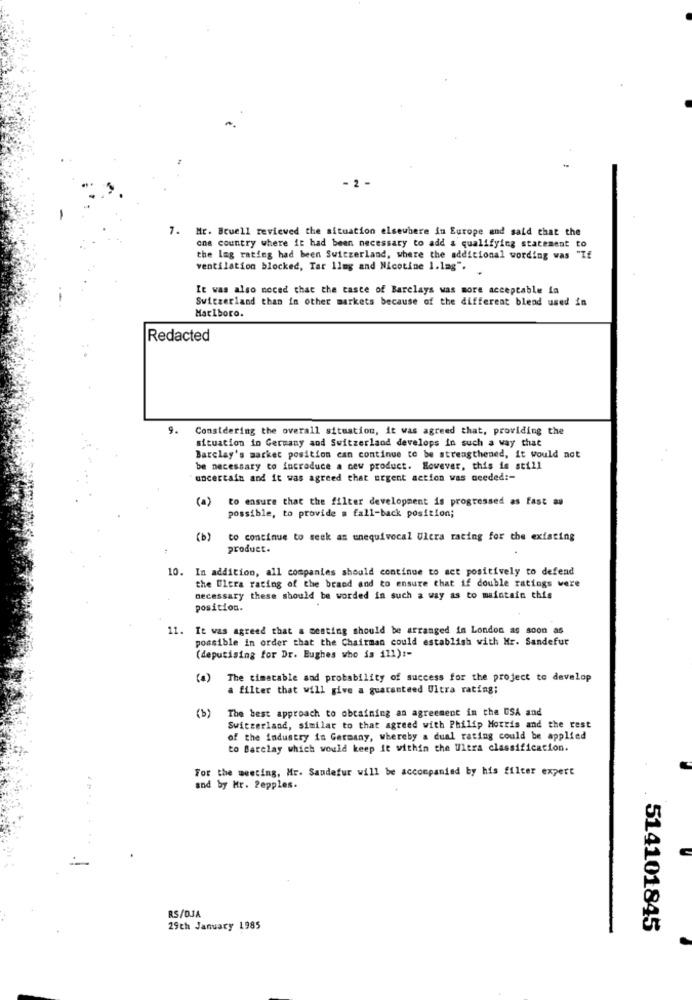
- 2 -
7. Mr. Beuell reviewed the situation elsewhere in Europe and said that the
one country where it had been necessary to add a qualifying statement to
the lag rating had been Switzerland, where the additional wording was "If
ventilation blocked, Tar llmg and Nicotine 1.lag".
It was also noced that the taste of Barclays was more acceptable la
Switzerland than in other markets because of the different blend used in
Marlboro.
Redacted
9.
Considering the overall situation, it was agreed that, providing the
situation in Germany and Switzerland develops in such a way that
Barclay's market position can continue to be strengthened, it would not
be necessary co incroduce a new product. However, this is still
uncertain and it was agreed that urgent action was needed :-
(a)
to ensure that the filter development is progressed as fast as
possible, to provide a fall-back position;
( b)
to continue to seek as unequivocal Ultra rating for the existing
product.
10. In addition, all companies should continue to act positively to defend
the Ultra rating of the brand and to ensure that if double ratings were
necessary these should be worded in such a way as to maintain this
position.
11.
It was agreed that a meeting should be arranged in London as soon as
possible in order that the Chairman could establish with Hr. Sandefur
(deputising for Dr. Eughes who is 111) :-
(a)
The timetable and probability of success for the project to develop
a filter that will give a guaranteed Ultra rating;
The best approach to obtaining an agreement in the USA and
Switzerland, similar to that agreed with Philip Morris and the rest
of the industry in Germany, whereby a dual rating could be applied
to Barclay which would keep it within the Ultra classification.
For the meeting, Mr. Saudefur will be accompanied by his filter expert
and by Mr. Pepples.
RS/DJA
29th January 1985
514101845